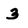
Character: 3